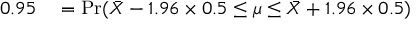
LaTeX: \begin{array} { r l } { 0 . 9 5 } & { { } = \operatorname* { P r } ( { \bar { X } } - 1 . 9 6 \times 0 . 5 \leq \mu \leq { \bar { X } } + 1 . 9 6 \times 0 . 5 ) } \end{array}